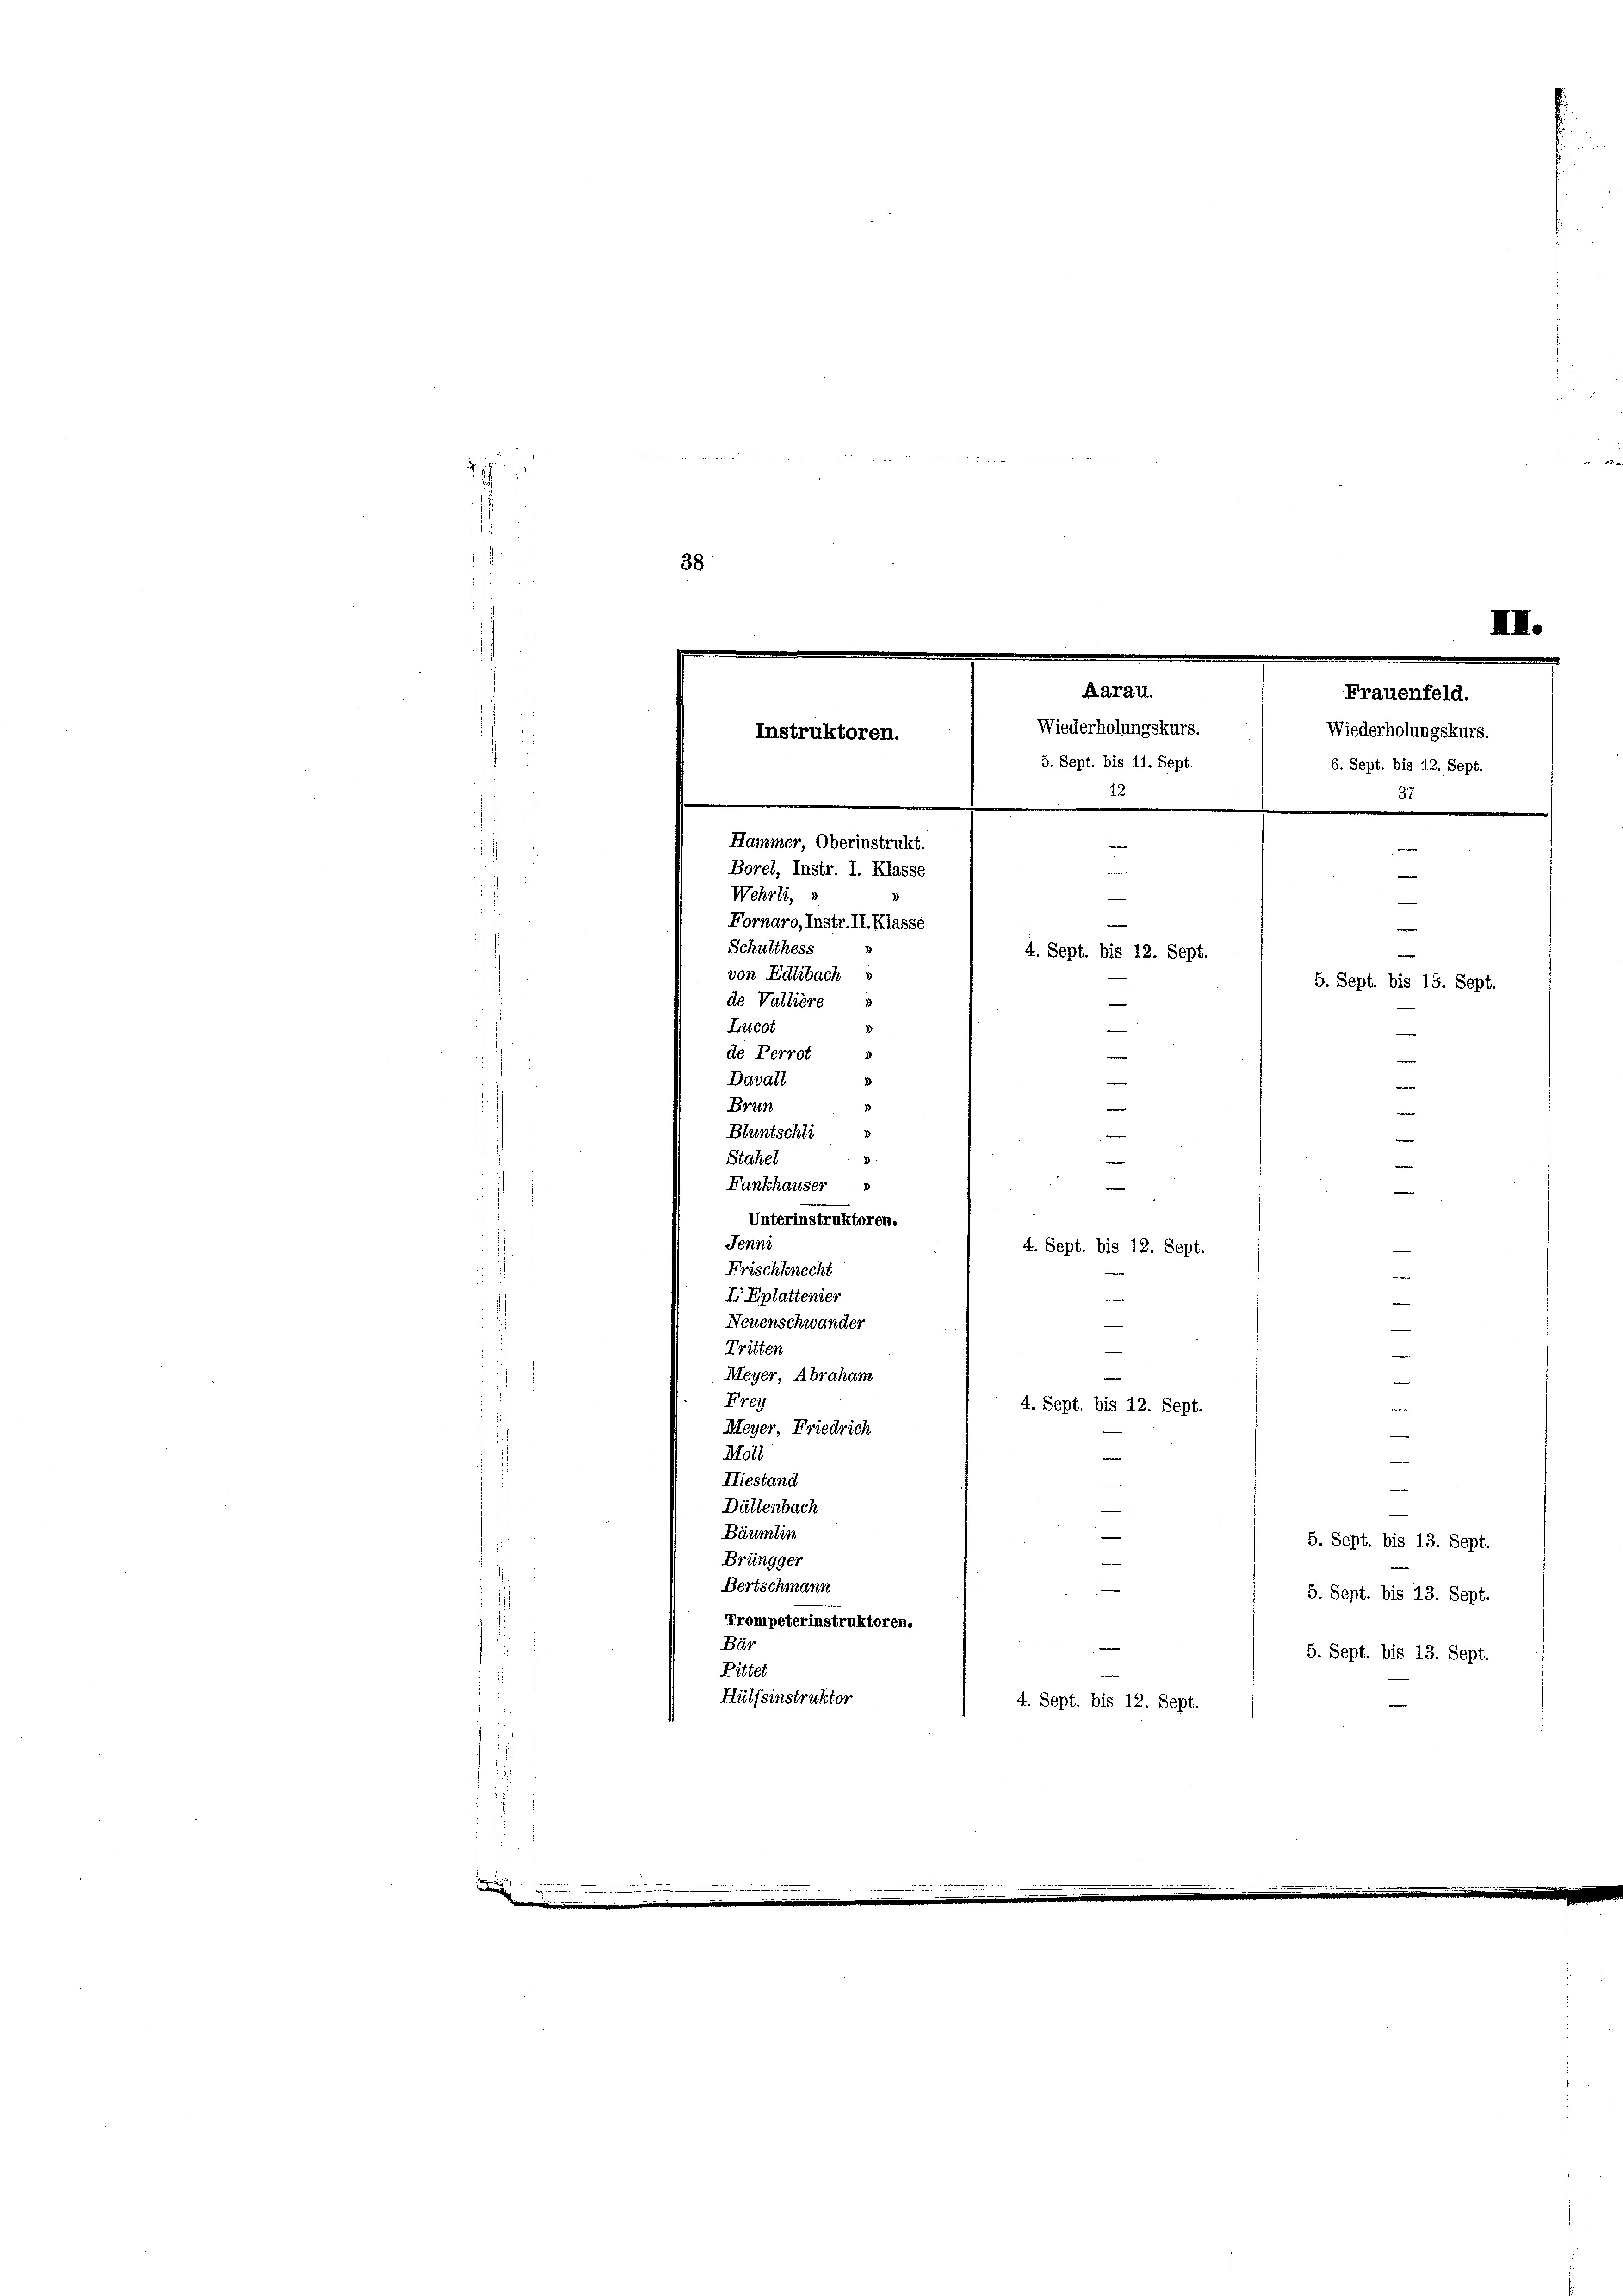
38

Lucot
Davall

Bluntschli
e
Stahel
e
Fankhauser »
.
Unterinstruktoren.
Jenni
4. Sept. bis 12. Sept.
Frischknecht
I Eplattenier
Neuenschwander
Tritten
Meyer, Abraham
Frey
4. Sept. bis 12. Sept.
Meyer Friedrich
Moll
Hiestand
Dältenbach
Bäumlin
/ 5. Sept. bis 13. Sept.
Brüngger
Bertschmann
e
Trompeterinstruktoren.
Bär
Pittet
Hülfsinstruktor
4. Sept. bis 12. Sept.

III.

e
e
Borel, Instr. I. Klasse
Wehrli,

e
Fornaro, Instr. II. Klasse
e
Schulthess
4. Sept. bis 12. Sept.
e
von Edlibach »
5. Sept. bis 13. Sept.
¬
de Valliere
de Perrot
e
e
e
¬
Brun
e

Aarau.
Frauenfeld.
Wiederholungskurs.
Wiederholungskurs.
Instruktoren.
5. Sept. bis 11. Sept.
6. Sept. bis 12. Sept.
12
.
Hammer Oberinstrukt.

.
me

5. Sept. bis 13. Sept.
5. Sept. bis 13. Sept.